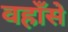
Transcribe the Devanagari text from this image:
वहाँसे